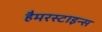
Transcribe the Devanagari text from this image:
हैमरस्टाइन्स